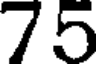
75